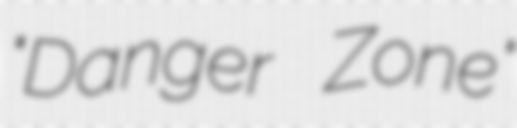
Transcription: "Danger Zone"